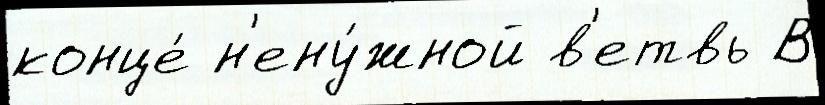
конце́ н'ену́жной в'етвь В